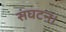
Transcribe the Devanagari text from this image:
संघटन।